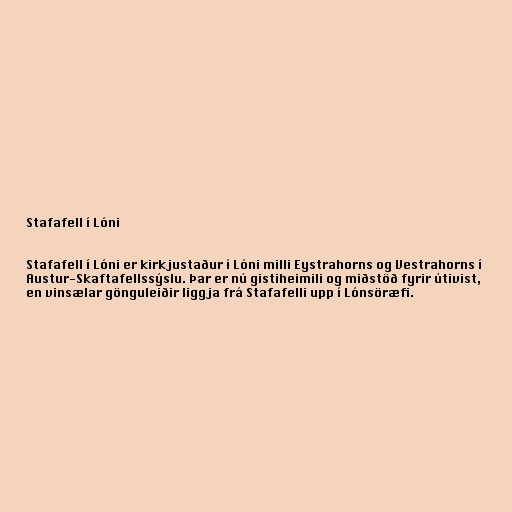
Stafafell í Lóni

Stafafell í Lóni er kirkjustaður í Lóni milli Eystrahorns og Vestrahorns í
Austur-Skaftafellssýslu. Þar er nú gistiheimili og miðstöð fyrir útivist,
en vinsælar gönguleiðir liggja frá Stafafelli upp í Lónsöræfi.